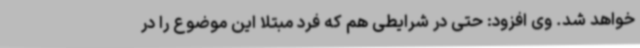
خواهد شد. وی افزود: حتی در شرایطی هم که فرد مبتلا این موضوع را در